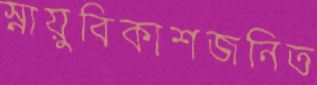
স্নায়ুবিকাশজনিত